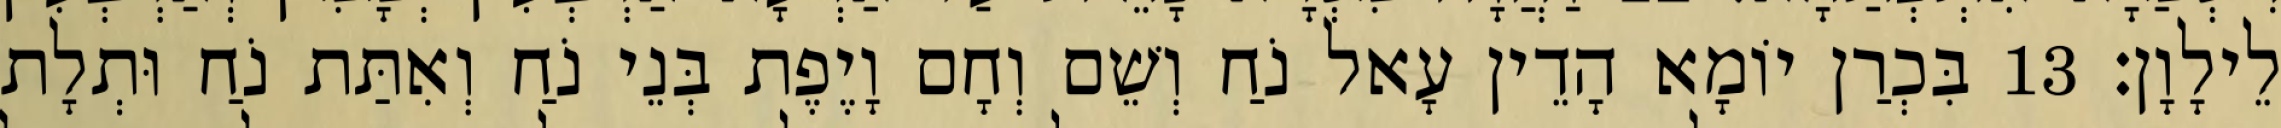
לֵילָוָן׃ 13 בִּכְרַן יוֹמָא הָדֵין עָאל נֹחַ וְשֵׁם וְחָם וָיֶפֶת בְּנֵי נֹחַ וְאִתַּת נֹחַ וּתְלָת